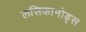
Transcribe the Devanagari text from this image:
लसिकानोड्स